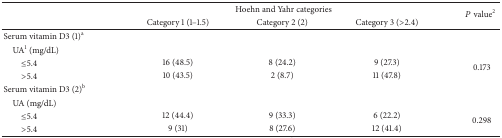
| <ROWSPAN=2>  | <COLSPAN=3> Hoehn and Yahr categories | <ROWSPAN=2> P value2 |
 | Category 1 (1–1.5) | Category 2 (2) | Category 3 (>2.4) |
 | --- | --- | --- | --- | --- |
 | Serum vitamin D3 (1)a |  |  |  |  |
 | UA1 (mg/dL) |  |  |  |  |
 | ≤5.4 | 16 (48.5) | 8 (24.2) | 9 (27.3) | <ROWSPAN=2> 0.173 |
 | >5.4 | 10 (43.5) | 2 (8.7) | 11 (47.8) |
 | Serum vitamin D3 (2)b |  |  |  |  |
 | UA (mg/dL) |  |  |  |  |
 | ≤5.4 | 12 (44.4) | 9 (33.3) | 6 (22.2) | <ROWSPAN=2> 0.298 |
 | >5.4 | 9 (31) | 8 (27.6) | 12 (41.4) |